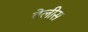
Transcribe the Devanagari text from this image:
वेलीस